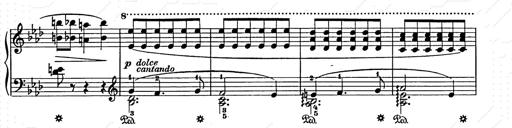
Title: Weihnachtsbaum
Composer: Franz Liszt